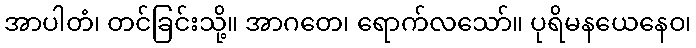
အာပါတံ၊ တင်ခြင်းသို့။ အာဂတေ၊ ရောက်လသော်။ ပုရိမနယေနေဝ၊